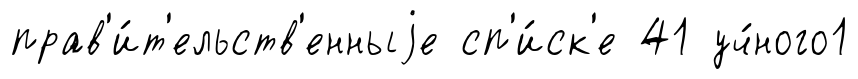
прав'и́т'ельств'енныjе сп'и́ск'е 41 уч́ного1